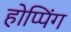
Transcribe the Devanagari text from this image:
होप्पिंग